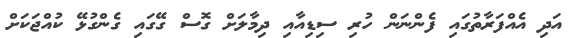
އަދި އެއްފަރާތުގައި ފެންނަން ހުރި ސިޑިއާއި ދިމާލަށް ގޮސް ގޭގައި ގެންގުޅޭ ކުއްޖަކަށް